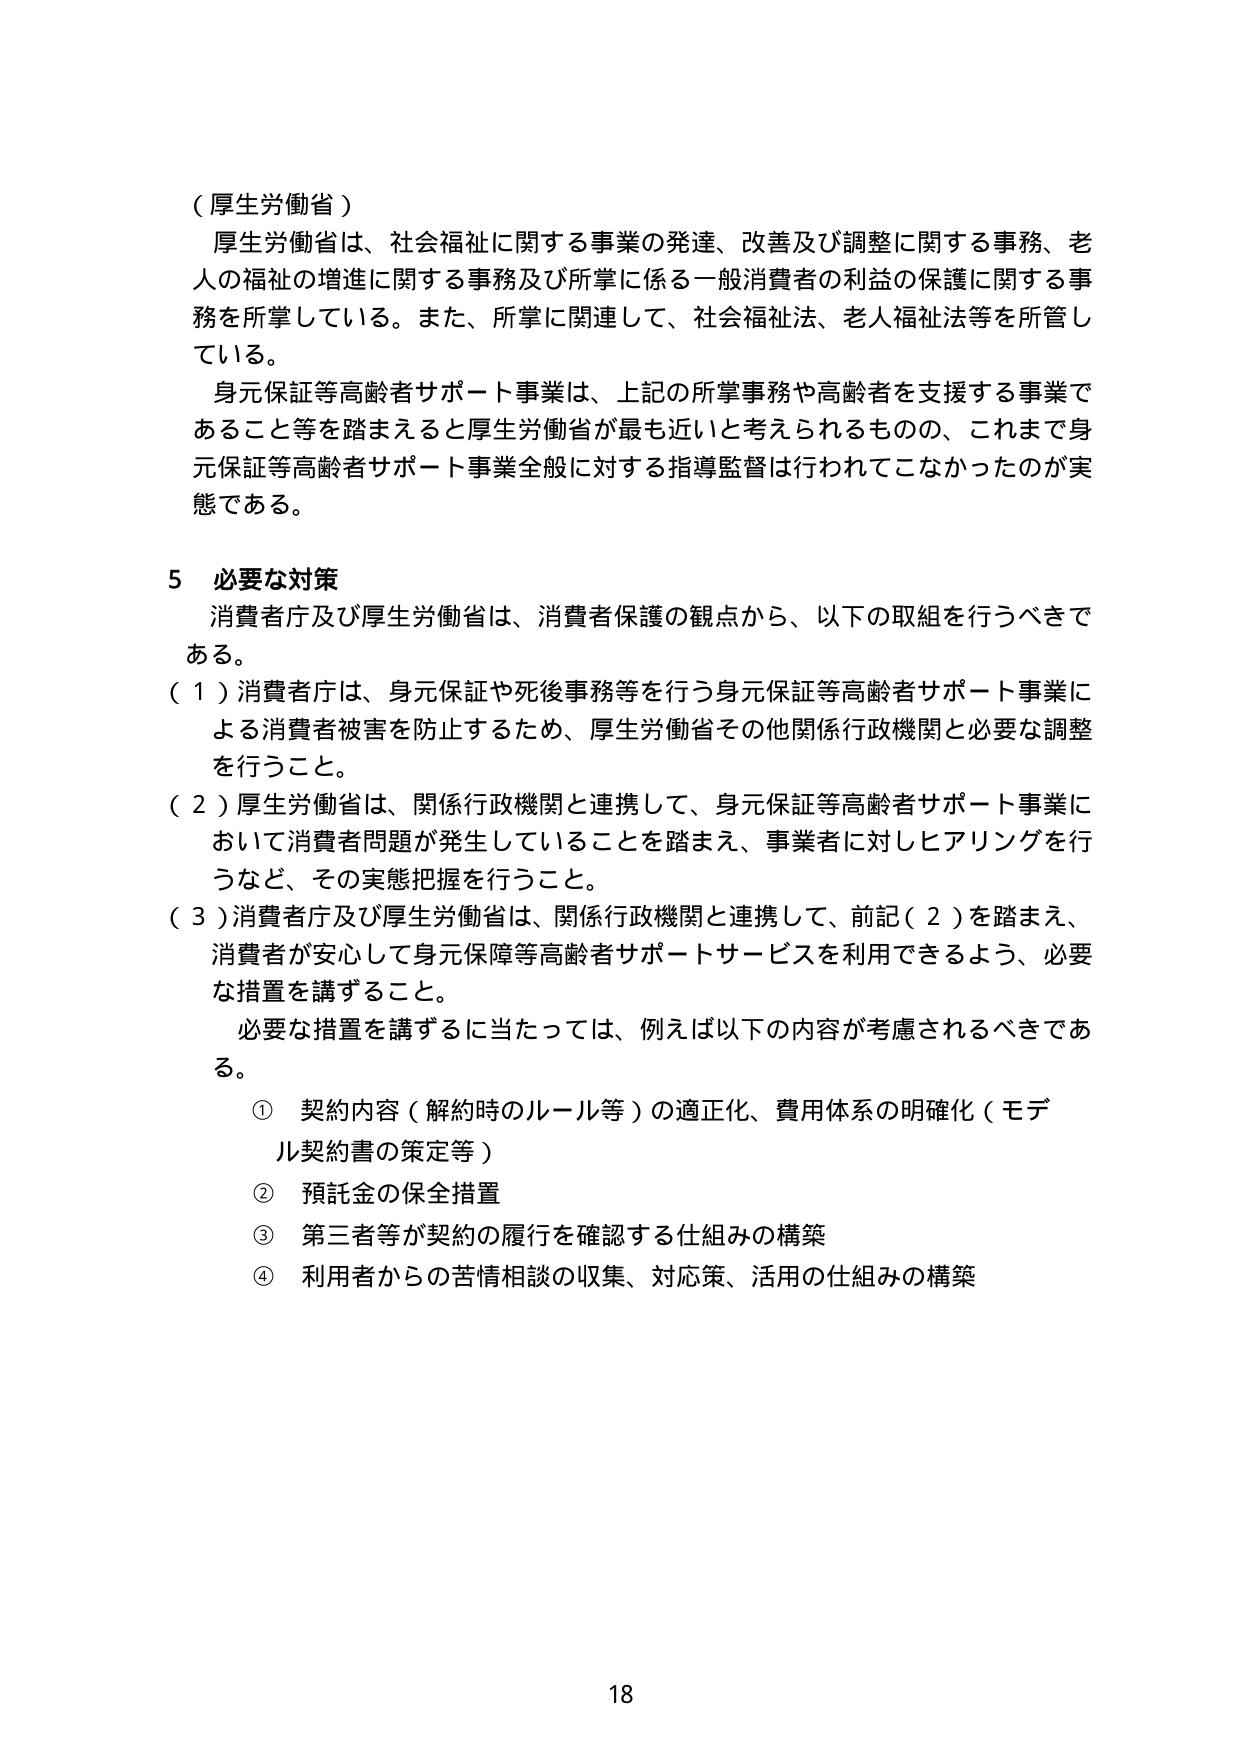
（厚生労働省）

厚生労働省は、社会福祉に関する事業の発達、改善及び調整に関する事務、老人の福祉の増進に関する事務及び所掌に係る一般消費者の利益の保護に関する事務を所掌している。また、所掌に関連して、社会福祉法、老人福祉法等を所管している。

身元保証等高齢者サポート事業は、上記の所掌事務や高齢者を支援する事業であること等を踏まえると厚生労働省が最も近いと考えられるものの、これまで身元保証等高齢者サポート事業全般に対する指導監督は行われてこなかったのが実態である。

5 必要な対策

消費者庁及び厚生労働省は、消費者保護の観点から、以下の取組を行うべきである。

（1）消費者庁は、身元保証や死後事務等を行う身元保証等高齢者サポート事業による消費者被害を防止するため、厚生労働省その他関係行政機関と必要な調整を行うこと。

（2）厚生労働省は、関係行政機関と連携して、身元保証等高齢者サポート事業において消費者問題が発生していることを踏まえ、事業者に対しヒアリングを行うなど、その実態把握を行うこと。

（3）消費者庁及び厚生労働省は、関係行政機関と連携して、前記（2）を踏まえ、消費者が安心して身元保障等高齢者サポートサービスを利用できるよう、必要な措置を講ずること。

必要な措置を講ずるに当たっては、例えば以下の内容が考慮されるべきである。

① 契約内容（解約時のルール等）の適正化、費用体系の明確化（モデル契約書の策定等）

② 預託金の保全措置

③ 第三者等が契約の履行を確認する仕組みの構築

④ 利用者からの苦情相談の収集、対応策、活用の仕組みの構築

18